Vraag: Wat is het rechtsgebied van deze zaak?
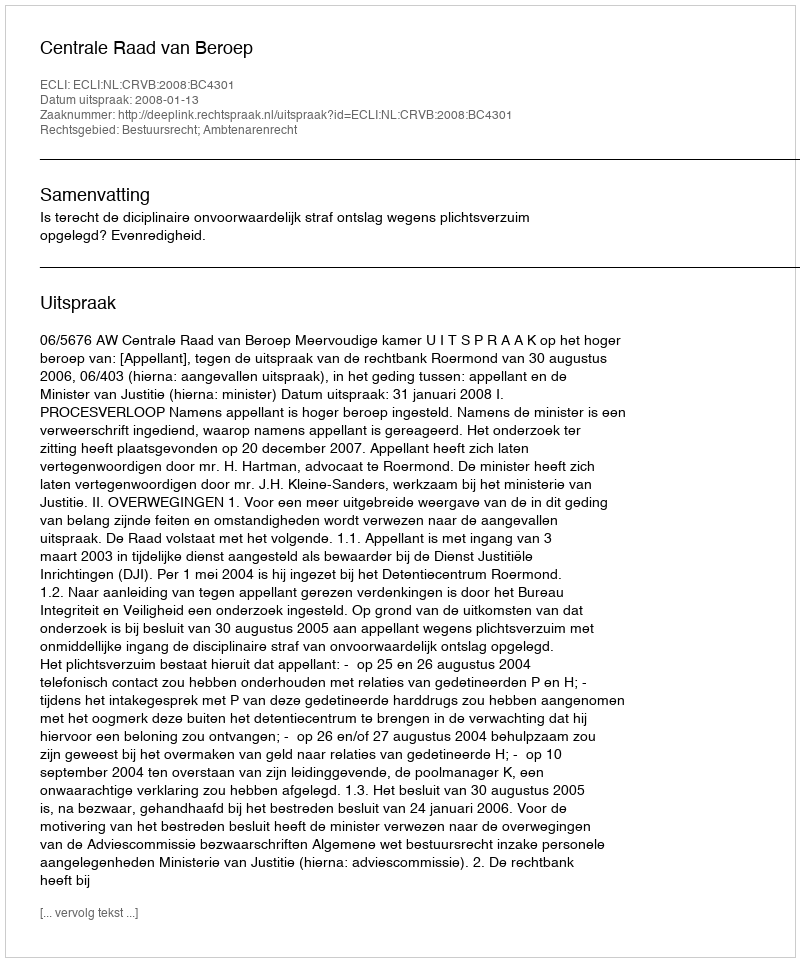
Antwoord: Bestuursrecht; Ambtenarenrecht